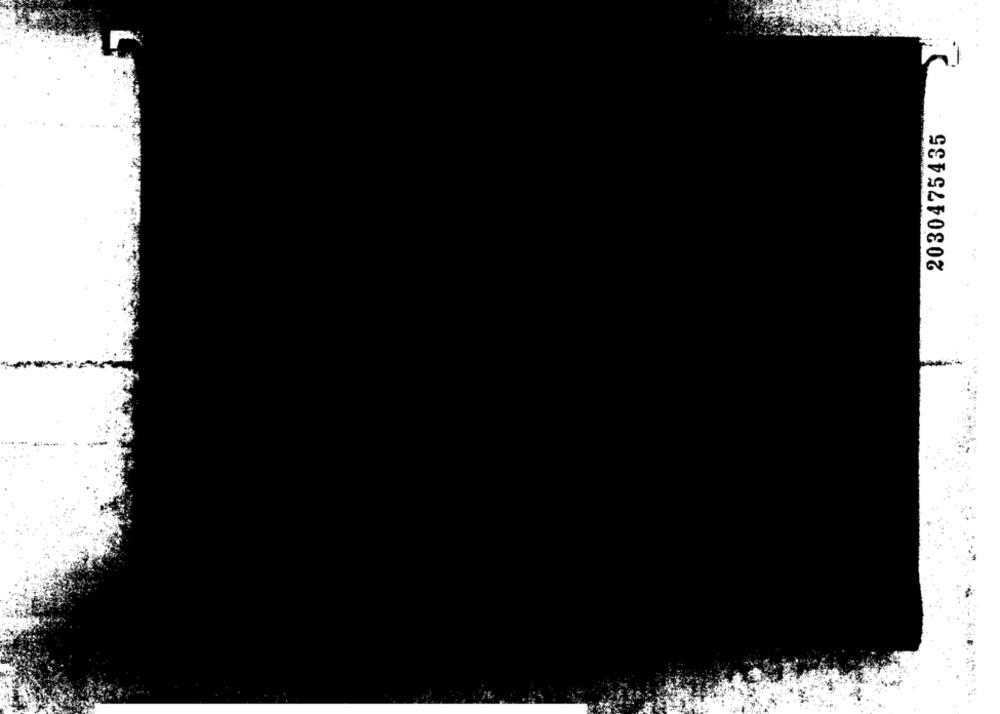
2030475435